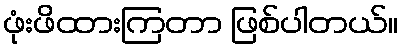
ဖုံးဖိထားကြတာ ဖြစ်ပါတယ်။